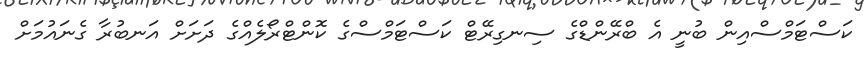
ކަސްޓަމްސްއިން ބުނީ އެ ބްރޭންޑްގެ ސިނގިރޭޓް ކަސްޓަމްސްގެ ކޮންޓްރޯލެއްގެ ދަށަށް އަނބުރާ ގެނައުމަށް